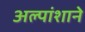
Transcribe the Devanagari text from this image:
अल्पांशाने